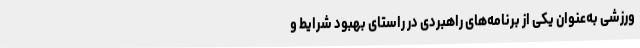
ورزشی به‌عنوان یکی از برنامه‌های راهبردی در راستای بهبود شرایط و